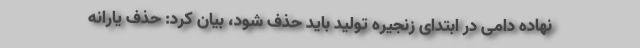
نهاده دامی در ابتدای زنجیره تولید باید حذف شود، بیان کرد: حذف یارانه